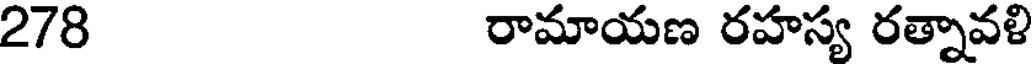
278 రామాయణ రహస్య రత్నావళి